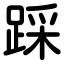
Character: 踩